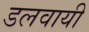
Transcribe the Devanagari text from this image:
डलवायी